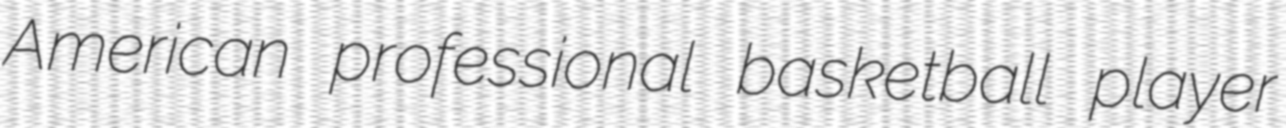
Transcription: American professional basketball player